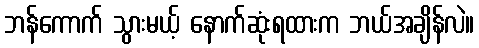
ဘန်ကောက် သွားမယ့် နောက်ဆုံးရထားက ဘယ်အချိန်လဲ။